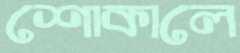
শোকালে